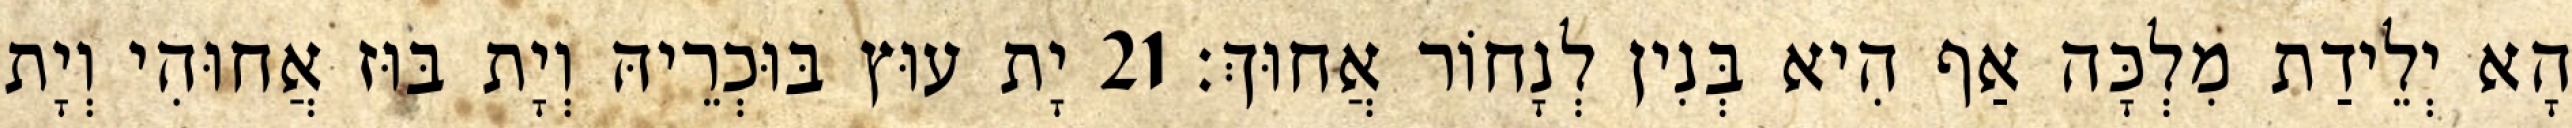
הָא יְלֵידַת מִלְכָּה אַף הִיא בְּנִין לְנָחוֹר אֲחוּךְ׃ 21 יָת עוּץ בּוּכְרֵיהּ וְיָת בּוּז אֲחוּהִי וְיָת